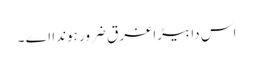
اس دا بیڑا غرق ضرور ہوندا اے ۔